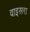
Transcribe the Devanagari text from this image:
वाइसरा